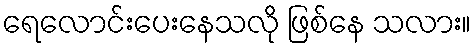
ရေလောင်းပေးနေသလို ဖြစ်နေ သလား။